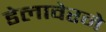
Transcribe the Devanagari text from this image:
डेलावेरने